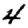
Digit: 4